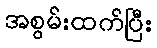
အစွမ်းထက်ပြီး